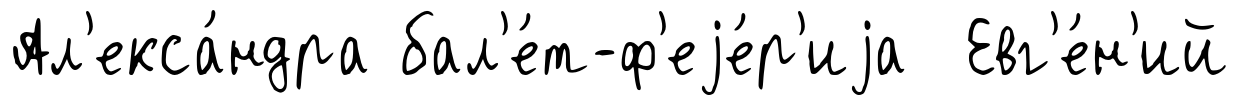
Ал'екса́ндра бал'е́т-ф'еjе́р'иjа Евг'е́н'ий